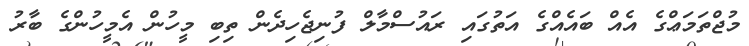
މުޖްތަމަޢްގެ އެއް ބައެއްގެ އަތުގައި ރައުސްމާލް ފުނިޖެހިދެން ތިބި މީހުން އެމީހުންގެ ބާރު